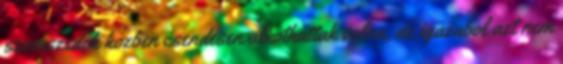
szomszedok kozben csendesen alkothattak volna, de igazabol azt nem